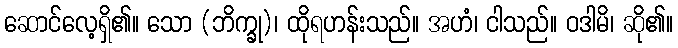
ဆောင်လေ့ရှိ၏။ သော (ဘိက္ခု)၊ ထိုရဟန်းသည်။ အဟံ၊ ငါသည်။ ဝဒါမိ၊ ဆို၏။